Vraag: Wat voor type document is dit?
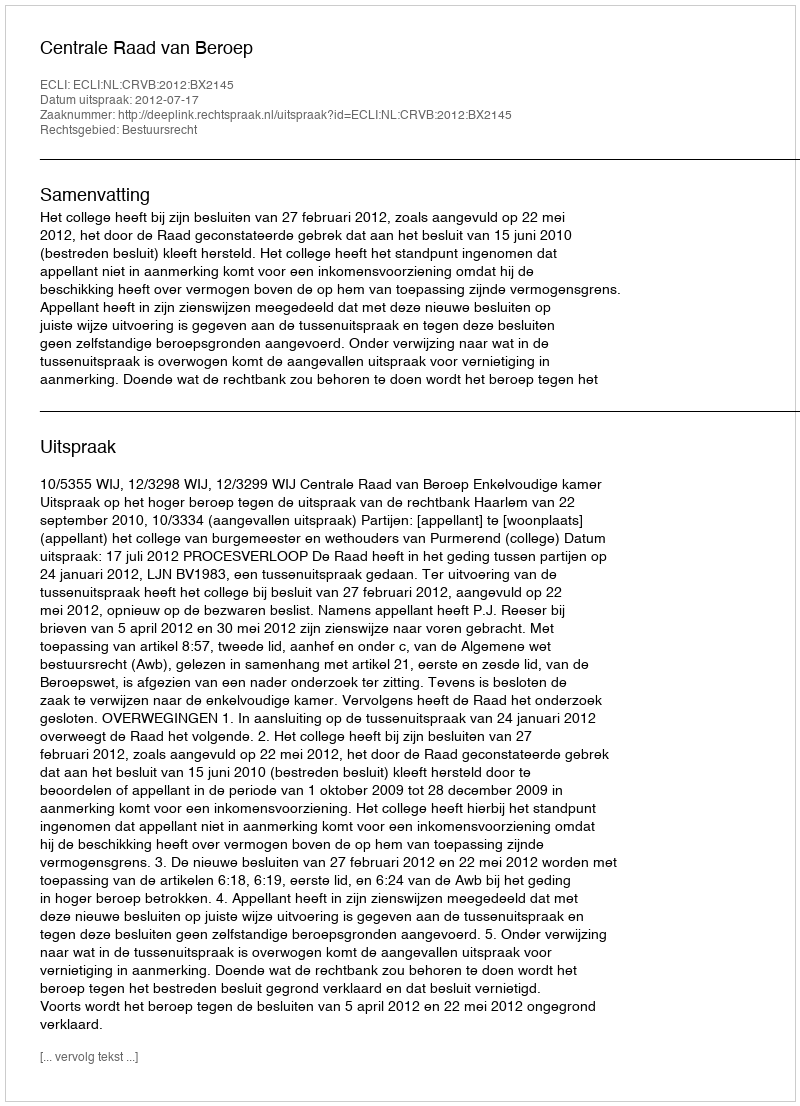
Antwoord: Uitspraak